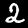
Digit: 2